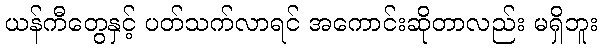
ယန်ကီတွေနှင့် ပတ်သက်လာရင် အကောင်းဆိုတာလည်း မရှိဘူး